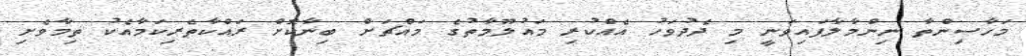
މަހާސިންތާ ނިންމާލާފައިވަނީ މި ދެދުވަހު އެއްކުރި މައުލޫމާތުގެ މައްޗަށް ބިނާކޮށް ރައްކާތެރިކަމާއެކު ތިމާވެށި